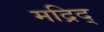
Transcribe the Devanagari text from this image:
मद्रिद्